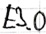
Text: E3.0